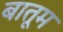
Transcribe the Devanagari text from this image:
बातूम